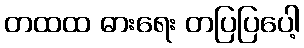
တထထ ဓားရေး တပြပြပေါ့